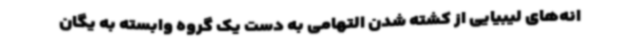
انه‌های لیبیایی از کشته شدن التهامی به دست یک گروه وابسته به یگان